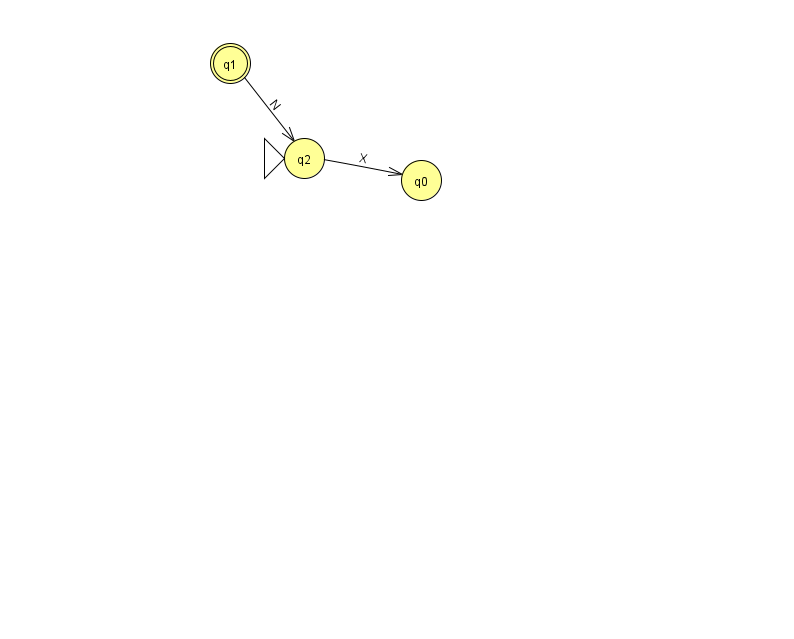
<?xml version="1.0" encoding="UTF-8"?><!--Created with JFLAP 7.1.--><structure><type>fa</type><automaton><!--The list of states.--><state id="0" name="q0"><x>421.0</x><y>167.0</y></state><state id="1" name="q1"><x>230.0</x><y>50.0</y><final/></state><state id="2" name="q2"><x>304.0</x><y>145.0</y><initial/></state><!--The list of transitions.--><transition><from>2</from><to>0</to><read>X</read></transition><transition><from>1</from><to>2</to><read>N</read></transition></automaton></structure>